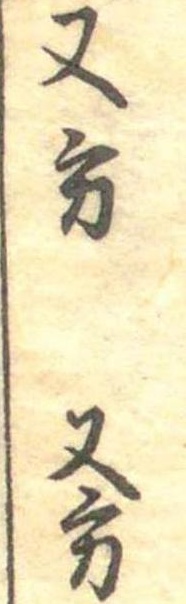
又方又方